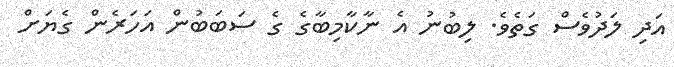
އަދި ލަދުވެސް ގަތެވެ. ލިބުނު އެ ނާކާމިބާގެ ގެ ސަބަބުން އަހަރެން ގެޔަށް